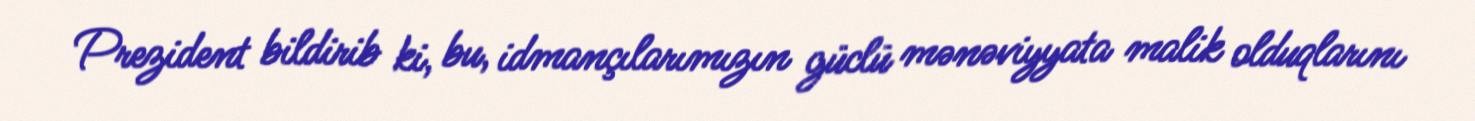
Prezident bildirib ki, bu, idmançılarımızın güclü mənəviyyata malik olduqlarını